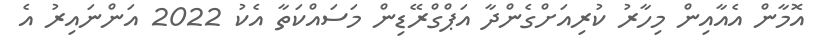
އޮމާން އެއާއިން މިހާރު ކުރިއަށްގެންދާ އަޕްގްރޭޑިން މަސައްކަތާ އެކު 2022 އަންނައިރު އެ